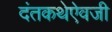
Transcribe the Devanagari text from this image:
दंतकथेऐवजी